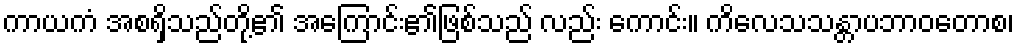
ကာယကံ အစရှိသည်တို့၏ အကြောင်း၏ဖြစ်သည် လည်း ကောင်း။ ကိလေသသန္တာပဘာဝတောစ၊